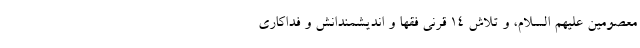
معصومین علیهم السلام، و تلاش ۱۴ قرنی فقها و اندیشمندانش و فداکاری